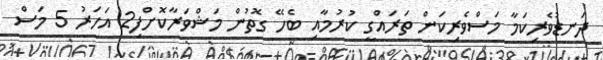
ދަނޑުވެރިކަމާ މަސްވެރިކަން ތަރައްގީ ކުރުމާއި ބެހޭ ގޮތުން މަޝްވަރާކޮށްފި2 އަހަރު 5 މަސް